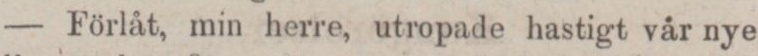
— Förlåt, min herre, utropade hastigt vår nye